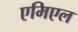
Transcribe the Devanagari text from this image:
एमिएल